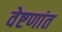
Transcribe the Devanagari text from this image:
वेष्टणांत